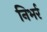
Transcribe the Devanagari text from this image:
निभर्र